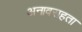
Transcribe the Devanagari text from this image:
अनावराहता